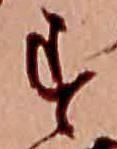
す